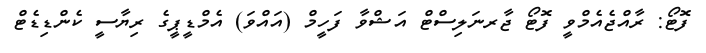
ފޮޓޯ: ރާއްޖެއެމްވީ ފޮޓޯ ޖާރނަލިސްޓް އަޝްވާ ފަހީމް (އައްވަ) އެމްޑީޕީގެ ރިޔާސީ ކެންޑިޑެޓް